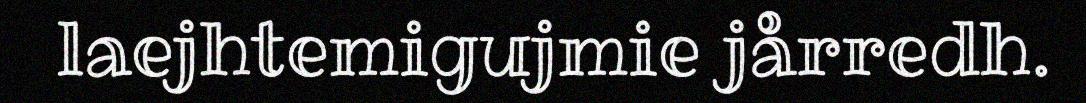
laejhtemigujmie jårredh.